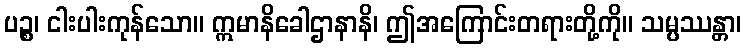
ပဉ္စ၊ ငါးပါးကုန်သော။ ဣမာနိခေါဌာနာနိ၊ ဤအကြောင်းတရားတို့ကို။ သမ္ပဿန္တာ၊